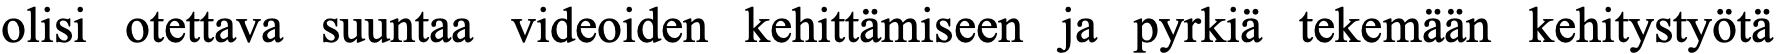
olisi otettava suuntaa videoiden kehittämiseen ja pyrkiä tekemään kehitystyötä